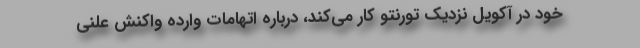
خود در آکویل نزدیک تورنتو کار می‌کند، درباره اتهامات وارده واکنش علنی